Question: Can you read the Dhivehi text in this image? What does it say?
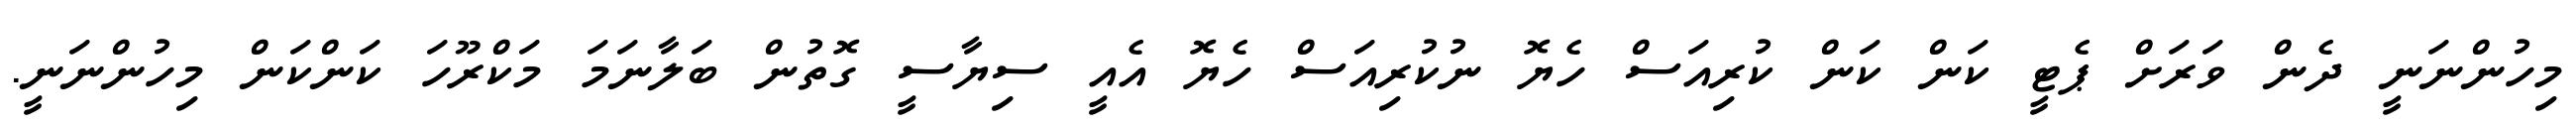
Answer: މިހުންނަނީ ދެން ވަރަށް ޕެޓީ ކަން ކަން ކުރިއަސް ހެޔޮ ނުކުރިއަސް ހެޔޮ އެއީ ސިޔާސީ ގޮތުން ބަލާނަމަ މަކްރޫހަ ކަންކަން މިހުންނަނީ.